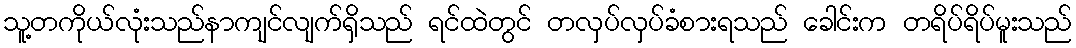
သူ့တကိုယ်လုံးသည်နာကျင်လျက်ရှိသည် ရင်ထဲတွင် တလှပ်လှပ်ခံစားရသည် ခေါင်းက တရိပ်ရိပ်မူးသည်